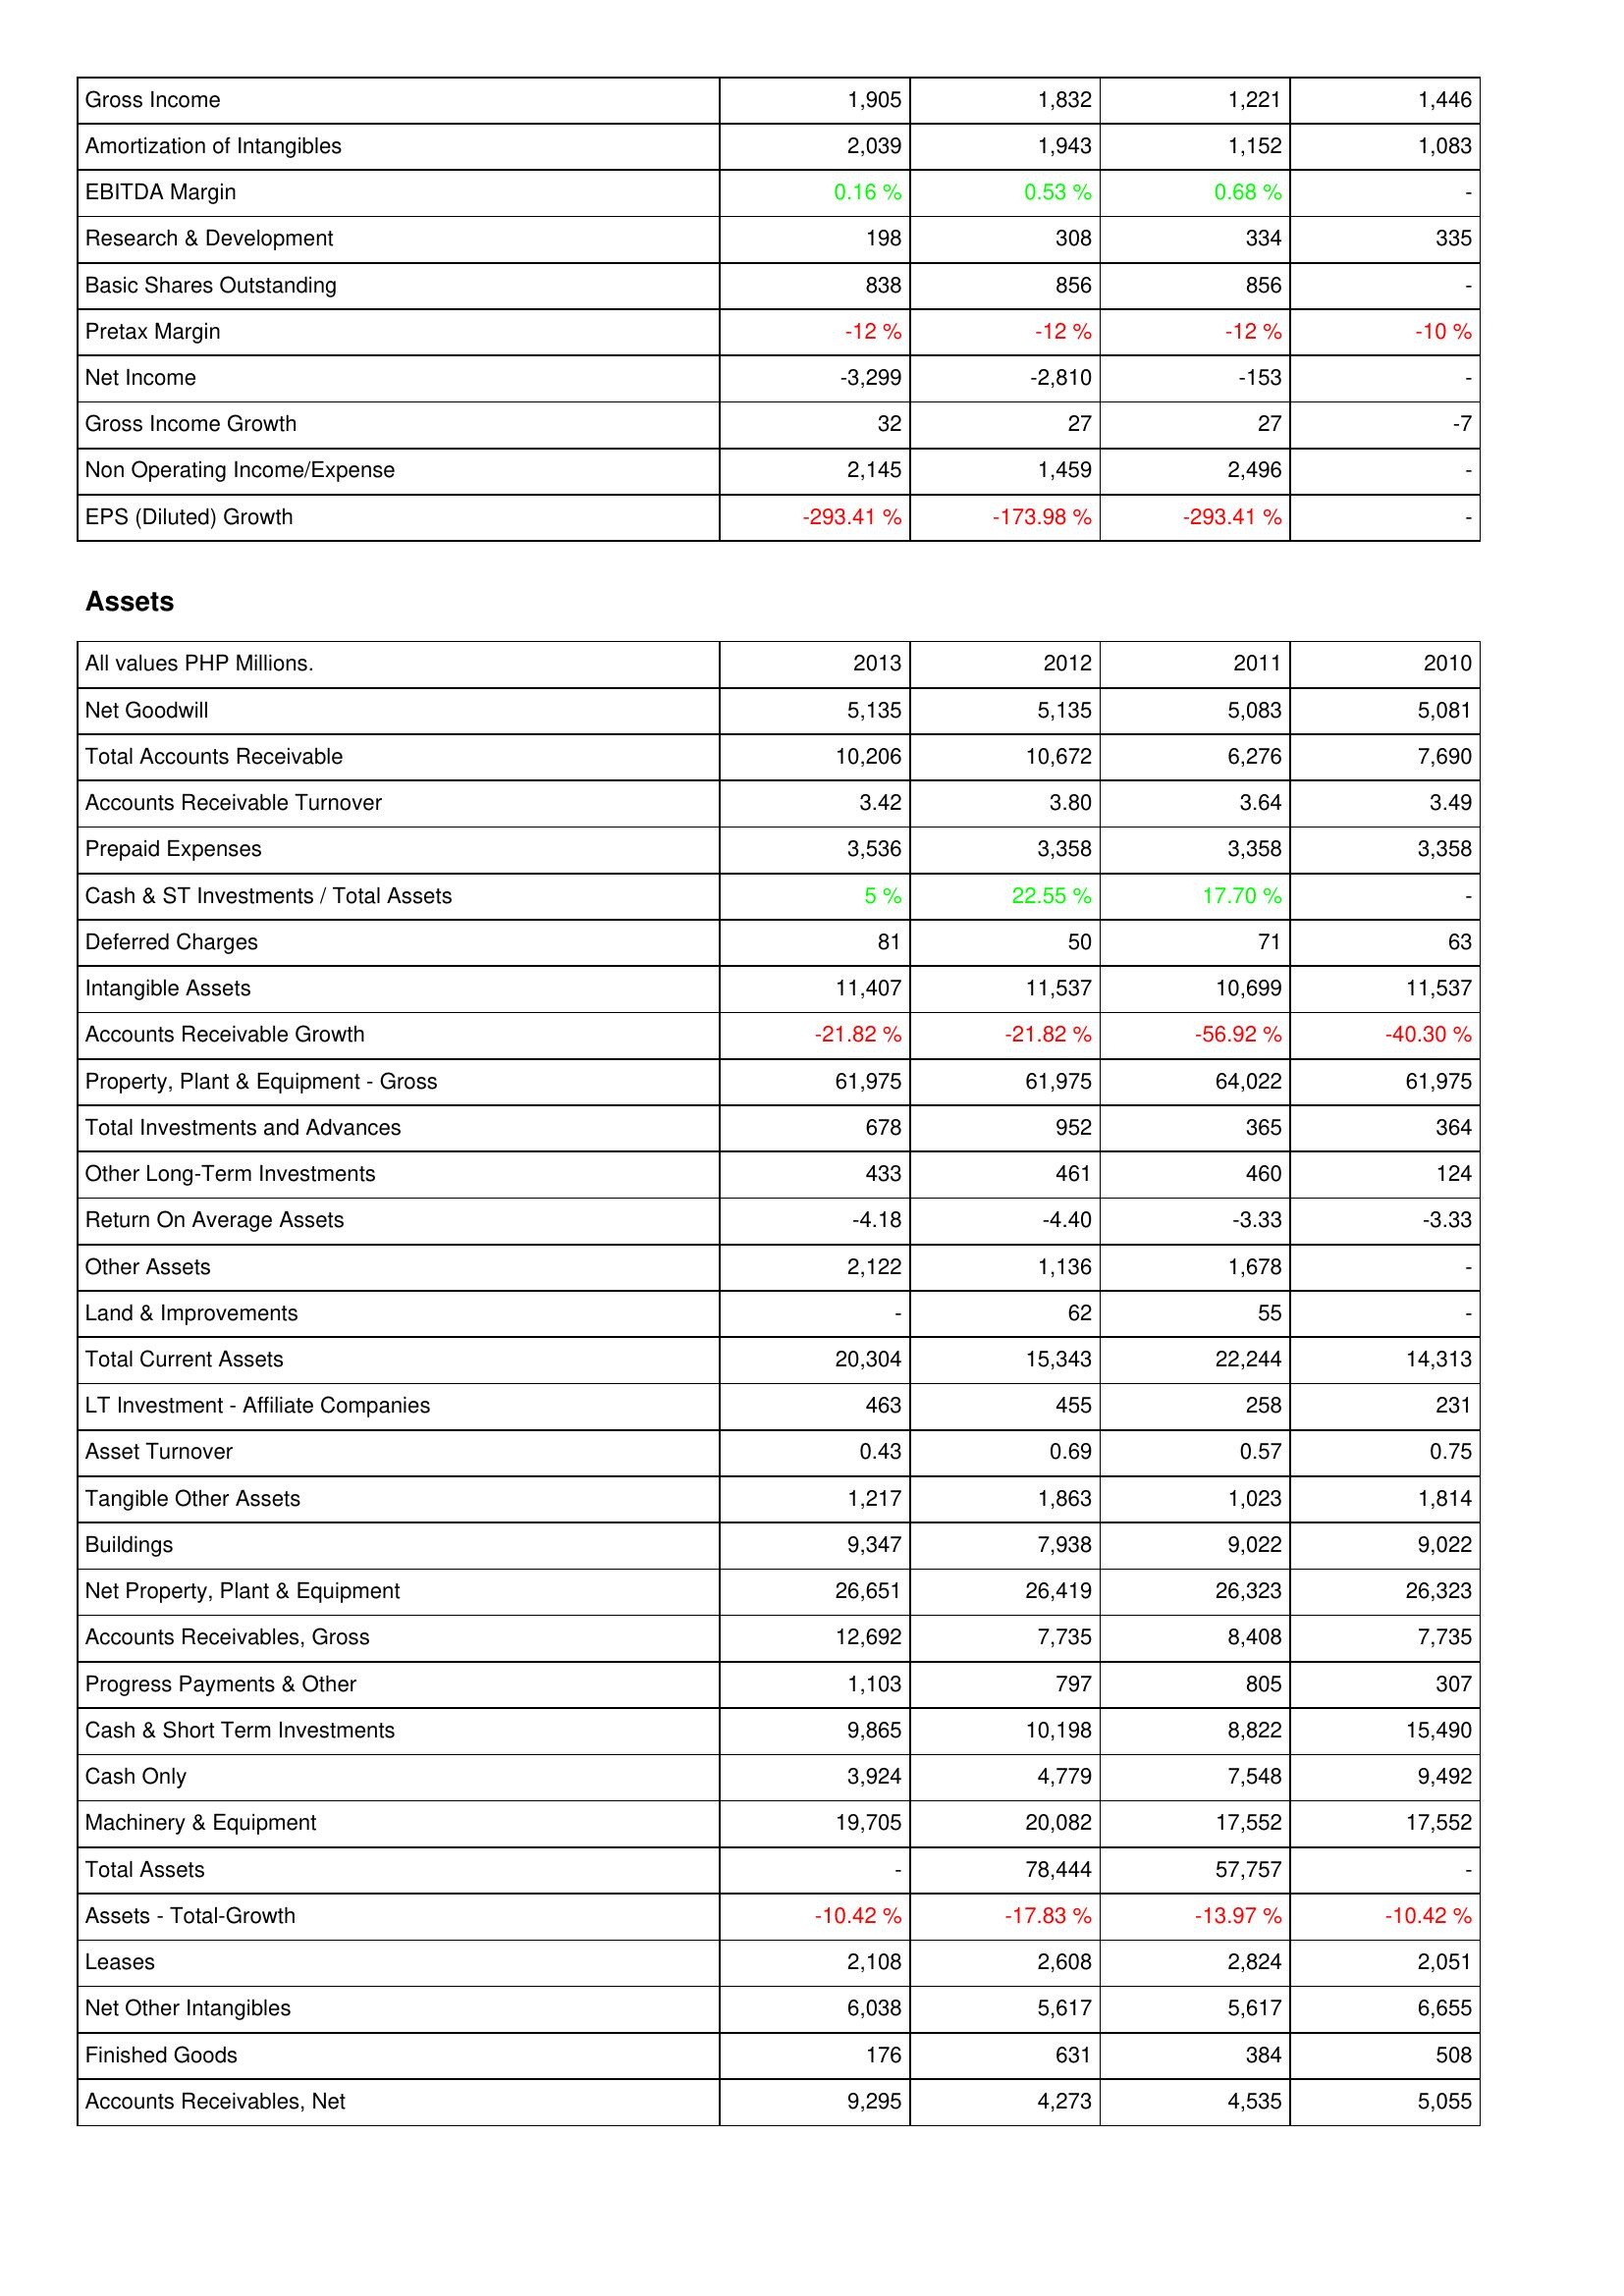
2013: Income Statement: Gross Income: 1,905
Amortization of Intangibles: 2,039
EBITDA Margin: 0.16 %
Research & Development: 198
Basic Shares Outstanding: 838
Pretax Margin: -12 %
Net Income: -3,299
Gross Income Growth: 32
Non Operating Income/Expense: 2,145
EPS (Diluted) Growth: -293.41 %
Assets: Net Goodwill: 5,135
Total Accounts Receivable: 10,206
Accounts Receivable Turnover: 3.42
Prepaid Expenses: 3,536
Cash & ST Investments / Total Assets: 5 %
Deferred Charges: 81
Intangible Assets: 11,407
Accounts Receivable Growth: -21.82 %
Property, Plant & Equipment - Gross: 61,975
Total Investments and Advances: 678
Other Long-Term Investments: 433
Return On Average Assets: -4.18
Other Assets: 2,122
Land & Improvements: -
Total Current Assets: 20,304
LT Investment - Affiliate Companies: 463
Asset Turnover: 0.43
Tangible Other Assets: 1,217
Buildings: 9,347
Net Property, Plant & Equipment: 26,651
Accounts Receivables, Gross: 12,692
Progress Payments & Other: 1,103
Cash & Short Term Investments: 9,865
Cash Only: 3,924
Machinery & Equipment: 19,705
Total Assets: -
Assets - Total-Growth: -10.42 %
Leases: 2,108
Net Other Intangibles: 6,038
Finished Goods: 176
Accounts Receivables, Net: 9,295
2012: Income Statement: Gross Income: 1,832
Amortization of Intangibles: 1,943
EBITDA Margin: 0.53 %
Research & Development: 308
Basic Shares Outstanding: 856
Pretax Margin: -12 %
Net Income: -2,810
Gross Income Growth: 27
Non Operating Income/Expense: 1,459
EPS (Diluted) Growth: -173.98 %
Assets: Net Goodwill: 5,135
Total Accounts Receivable: 10,672
Accounts Receivable Turnover: 3.80
Prepaid Expenses: 3,358
Cash & ST Investments / Total Assets: 22.55 %
Deferred Charges: 50
Intangible Assets: 11,537
Accounts Receivable Growth: -21.82 %
Property, Plant & Equipment - Gross: 61,975
Total Investments and Advances: 952
Other Long-Term Investments: 461
Return On Average Assets: -4.40
Other Assets: 1,136
Land & Improvements: 62
Total Current Assets: 15,343
LT Investment - Affiliate Companies: 455
Asset Turnover: 0.69
Tangible Other Assets: 1,863
Buildings: 7,938
Net Property, Plant & Equipment: 26,419
Accounts Receivables, Gross: 7,735
Progress Payments & Other: 797
Cash & Short Term Investments: 10,198
Cash Only: 4,779
Machinery & Equipment: 20,082
Total Assets: 78,444
Assets - Total-Growth: -17.83 %
Leases: 2,608
Net Other Intangibles: 5,617
Finished Goods: 631
Accounts Receivables, Net: 4,273
2011: Income Statement: Gross Income: 1,221
Amortization of Intangibles: 1,152
EBITDA Margin: 0.68 %
Research & Development: 334
Basic Shares Outstanding: 856
Pretax Margin: -12 %
Net Income: -153
Gross Income Growth: 27
Non Operating Income/Expense: 2,496
EPS (Diluted) Growth: -293.41 %
Assets: Net Goodwill: 5,083
Total Accounts Receivable: 6,276
Accounts Receivable Turnover: 3.64
Prepaid Expenses: 3,358
Cash & ST Investments / Total Assets: 17.70 %
Deferred Charges: 71
Intangible Assets: 10,699
Accounts Receivable Growth: -56.92 %
Property, Plant & Equipment - Gross: 64,022
Total Investments and Advances: 365
Other Long-Term Investments: 460
Return On Average Assets: -3.33
Other Assets: 1,678
Land & Improvements: 55
Total Current Assets: 22,244
LT Investment - Affiliate Companies: 258
Asset Turnover: 0.57
Tangible Other Assets: 1,023
Buildings: 9,022
Net Property, Plant & Equipment: 26,323
Accounts Receivables, Gross: 8,408
Progress Payments & Other: 805
Cash & Short Term Investments: 8,822
Cash Only: 7,548
Machinery & Equipment: 17,552
Total Assets: 57,757
Assets - Total-Growth: -13.97 %
Leases: 2,824
Net Other Intangibles: 5,617
Finished Goods: 384
Accounts Receivables, Net: 4,535
2010: Income Statement: Gross Income: 1,446
Amortization of Intangibles: 1,083
EBITDA Margin: -
Research & Development: 335
Basic Shares Outstanding: -
Pretax Margin: -10 %
Net Income: -
Gross Income Growth: -7
Non Operating Income/Expense: -
EPS (Diluted) Growth: -
Assets: Net Goodwill: 5,081
Total Accounts Receivable: 7,690
Accounts Receivable Turnover: 3.49
Prepaid Expenses: 3,358
Cash & ST Investments / Total Assets: -
Deferred Charges: 63
Intangible Assets: 11,537
Accounts Receivable Growth: -40.30 %
Property, Plant & Equipment - Gross: 61,975
Total Investments and Advances: 364
Other Long-Term Investments: 124
Return On Average Assets: -3.33
Other Assets: -
Land & Improvements: -
Total Current Assets: 14,313
LT Investment - Affiliate Companies: 231
Asset Turnover: 0.75
Tangible Other Assets: 1,814
Buildings: 9,022
Net Property, Plant & Equipment: 26,323
Accounts Receivables, Gross: 7,735
Progress Payments & Other: 307
Cash & Short Term Investments: 15,490
Cash Only: 9,492
Machinery & Equipment: 17,552
Total Assets: -
Assets - Total-Growth: -10.42 %
Leases: 2,051
Net Other Intangibles: 6,655
Finished Goods: 508
Accounts Receivables, Net: 5,055